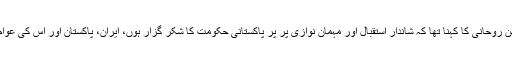
ایران کے صدر حسن روحانی کا کہنا تھا کہ شاندار استقبال اور مہمان نوازی پر پر پاکستانی حکومت کا شکر گزار ہوں، ایران، پاکستان اور اس کی عوام کو اہمیت دیتا ہے۔